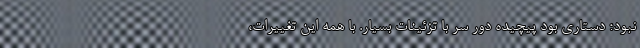
نبود؛ دستاری بود پیچیده دور سر با تزئینات بسیار. با همه این تغییرات،